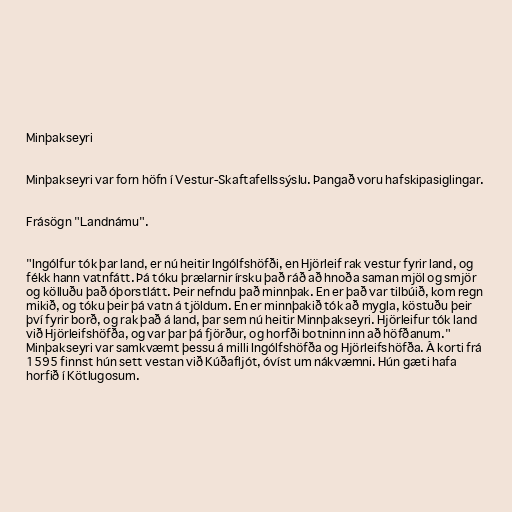
Minþakseyri

Minþakseyri var forn höfn í Vestur-Skaftafellssýslu. Þangað voru hafskipasiglingar.

Frásögn "Landnámu".

"Ingólfur tók þar land, er nú heitir Ingólfshöfði, en Hjörleif rak vestur fyrir land, og
fékk hann vatnfátt. Þá tóku þrælarnir írsku það ráð að hnoða saman mjöl og smjör
og kölluðu það óþorstlátt. Þeir nefndu það minnþak. En er það var tilbúið, kom regn
mikið, og tóku þeir þá vatn á tjöldum. En er minnþakið tók að mygla, köstuðu þeir
því fyrir borð, og rak það á land, þar sem nú heitir Minnþakseyri. Hjörleifur tók land
við Hjörleifshöfða, og var þar þá fjörður, og horfði botninn inn að höfðanum."
Minþakseyri var samkvæmt þessu á milli Ingólfshöfða og Hjörleifshöfða. Á korti frá
1595 finnst hún sett vestan við Kúðafljót, óvíst um nákvæmni. Hún gæti hafa
horfið í Kötlugosum.